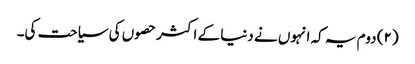
(۲) دوم یہ کہ انہوں نے دنیا کے اکثر حصوں کی سیاحت کی۔